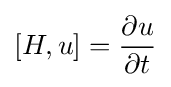
[H,u]={\frac {\partial u}{\partial t}}